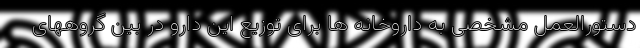
دستورالعمل مشخصی به داروخانه ها برای توزیع این دارو در بین گروههای